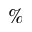
\%